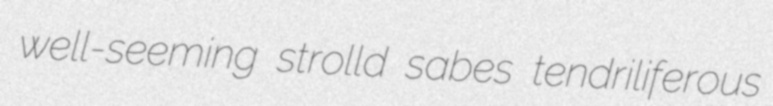
well-seeming strolld sabes tendriliferous